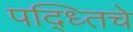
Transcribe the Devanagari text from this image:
पद्ध्तिचे